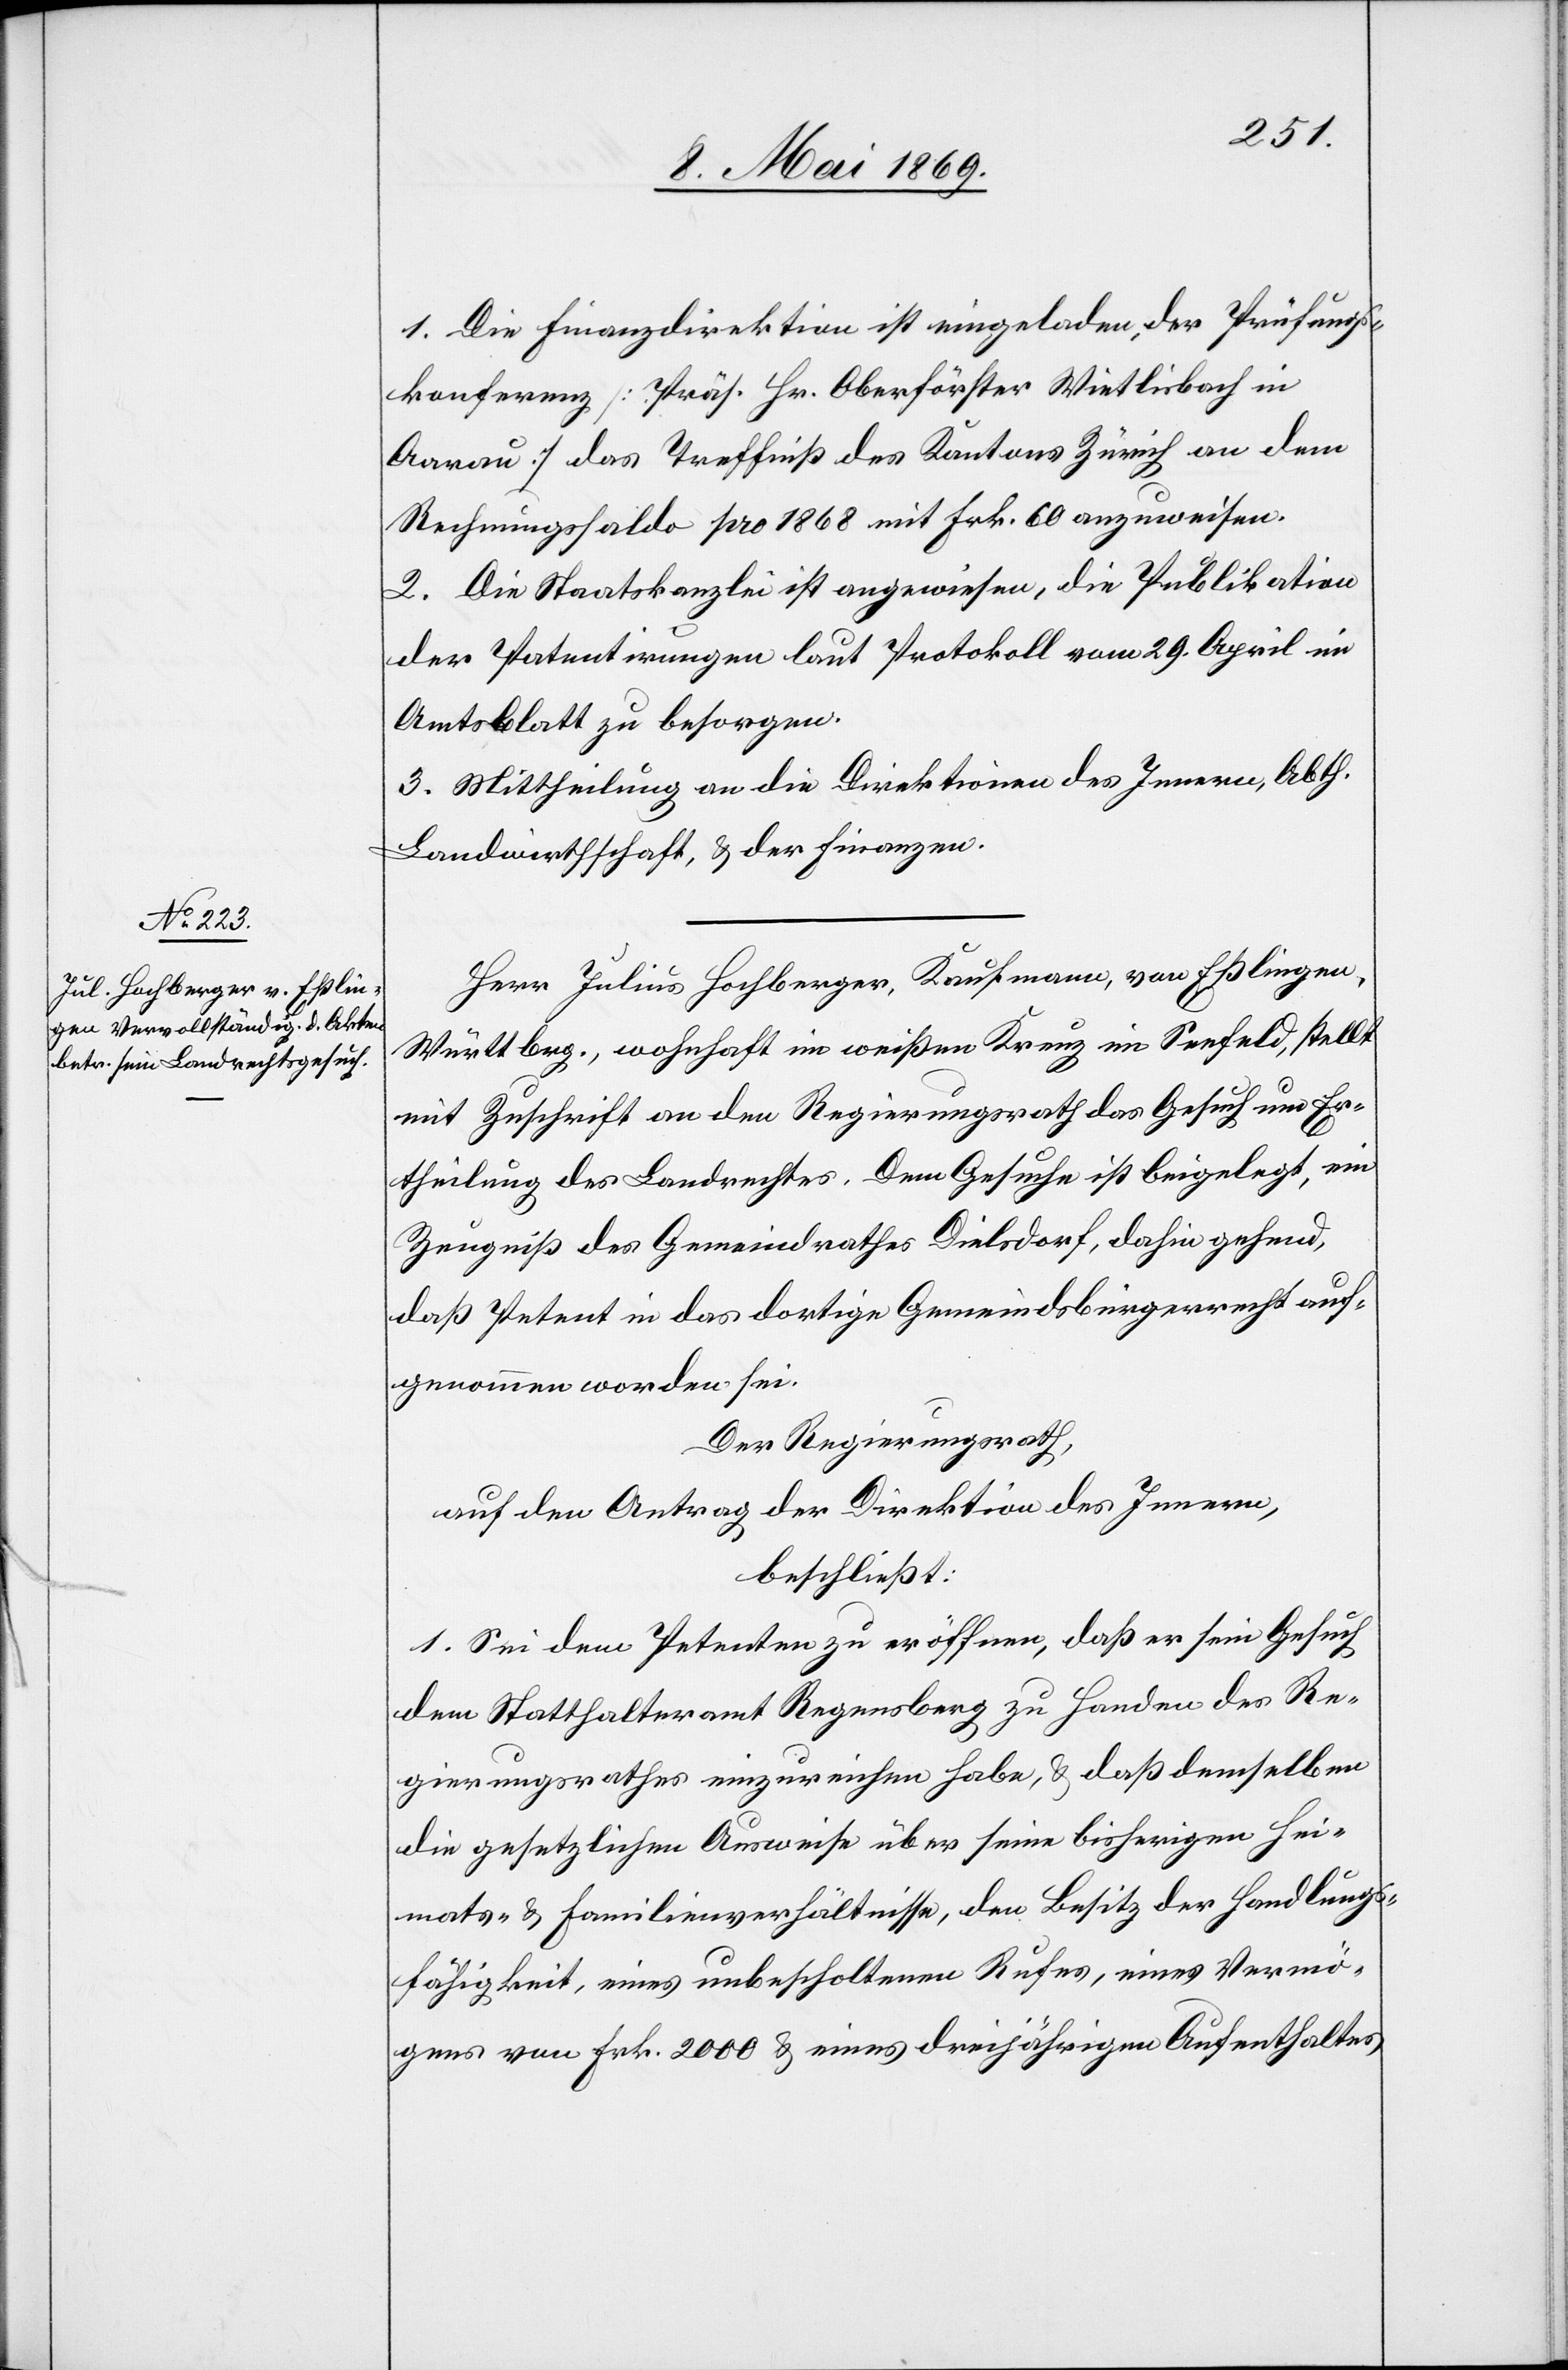
1. Die Finanzdirektion ist eingeladen, der Prüfungs¬
konferenz [Präs. Hr. Oberförster Wietlisbach in
Aarau] das Treffniß des Kantons Zürich an dem
Rechnungssaldo pro 1868 mit Frk. 60 anzuweisen.
2. Die Staatskanzlei ist anzuweisen, die Publikation
der Patentirungen laut Protokoll vom 29. April im
Amtsblatt zu besorgen.
3. Mittheilung an die Direktion des Innern, Abth.
Landwirthschaft, u. der Finanzen.
Herr Julius Hochberger, Kaufmann, von Eßlingen,
Württbrg., wohnhaft im weißen Kreuz im Seefeld, stellt
mit Zuschrift an den Regierungsrath das Gesuch um Er¬
theilung des Landrechtes. Dem Gesuche ist beigelegt, ein
Zeugniß des Gemeindrathes Dielsdorf, dahin gehend,
daß Petent in das dortige Gemeindsbürgerrecht auf¬
genommen worden sei.
Der Regierungsrath,
auf den Antrag der Direktion des Innern,
beschließt:
1. Sei dem Petenten zu eröffnen, daß er sein Gesuch
dem Statthalteramt Regensberg zu Handen des Re¬
gierungsrathes einzureichen habe, u. daß demselben
die gesetzlichen Ausweise über seine bisherigen Hei¬
mats- u. Familienverhältnisse, den Besitz der Handlungs¬
fähigkeit, eines unbescholtenen Rufes, eines Vermö¬
gens von Frk. 2000 u. eines dreijährigen Aufenthaltes